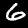
Digit: 6